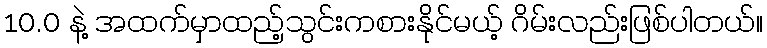
10.0 နဲ့ အထက်မှာထည့်သွင်းကစားနိုင်မယ့် ဂိမ်းလည်းဖြစ်ပါတယ်။